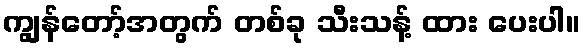
ကျွန်တော့်အတွက် တစ်ခု သီးသန့် ထား ပေးပါ။